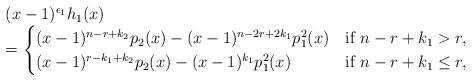
LaTeX: \begin{align*}\begin{array}{l}(x-1)^{\epsilon_1}h_1(x)\\=\begin{cases}(x-1)^{n-r+k_2}p_2(x)-(x-1)^{n-2r+2k_1}p_1^2(x) & \mbox{if~} n-r+k_1>r,\\(x-1)^{r-k_1+k_2}p_2(x) -(x-1)^{k_1}p_1^2(x)& \mbox{if~} n-r+k_1\le r,\end{cases}\end{array}\end{align*}